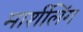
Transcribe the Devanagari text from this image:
मार्शलिंग